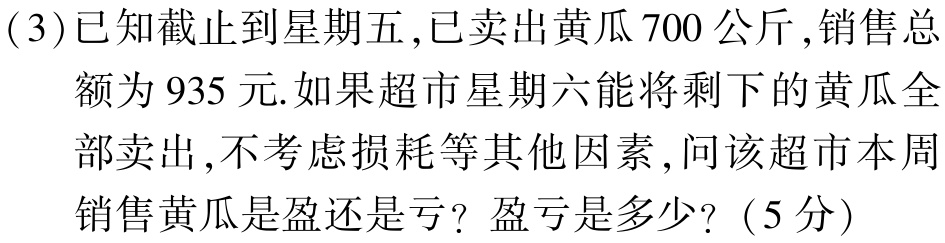
(3)已知截止到星期五,已卖出黄瓜700公斤,销售总额为935元.如果超市星期六能将剩下的黄瓜全部卖出,不考虑损耗等其他因素,问该超市本周销售黄瓜是盈还是亏？盈亏是多少？(5分)